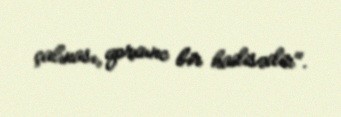
çalınası, qorxunc bir hadisədir".